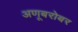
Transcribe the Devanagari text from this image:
अणूबरोबर